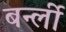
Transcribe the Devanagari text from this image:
बर्न्ली